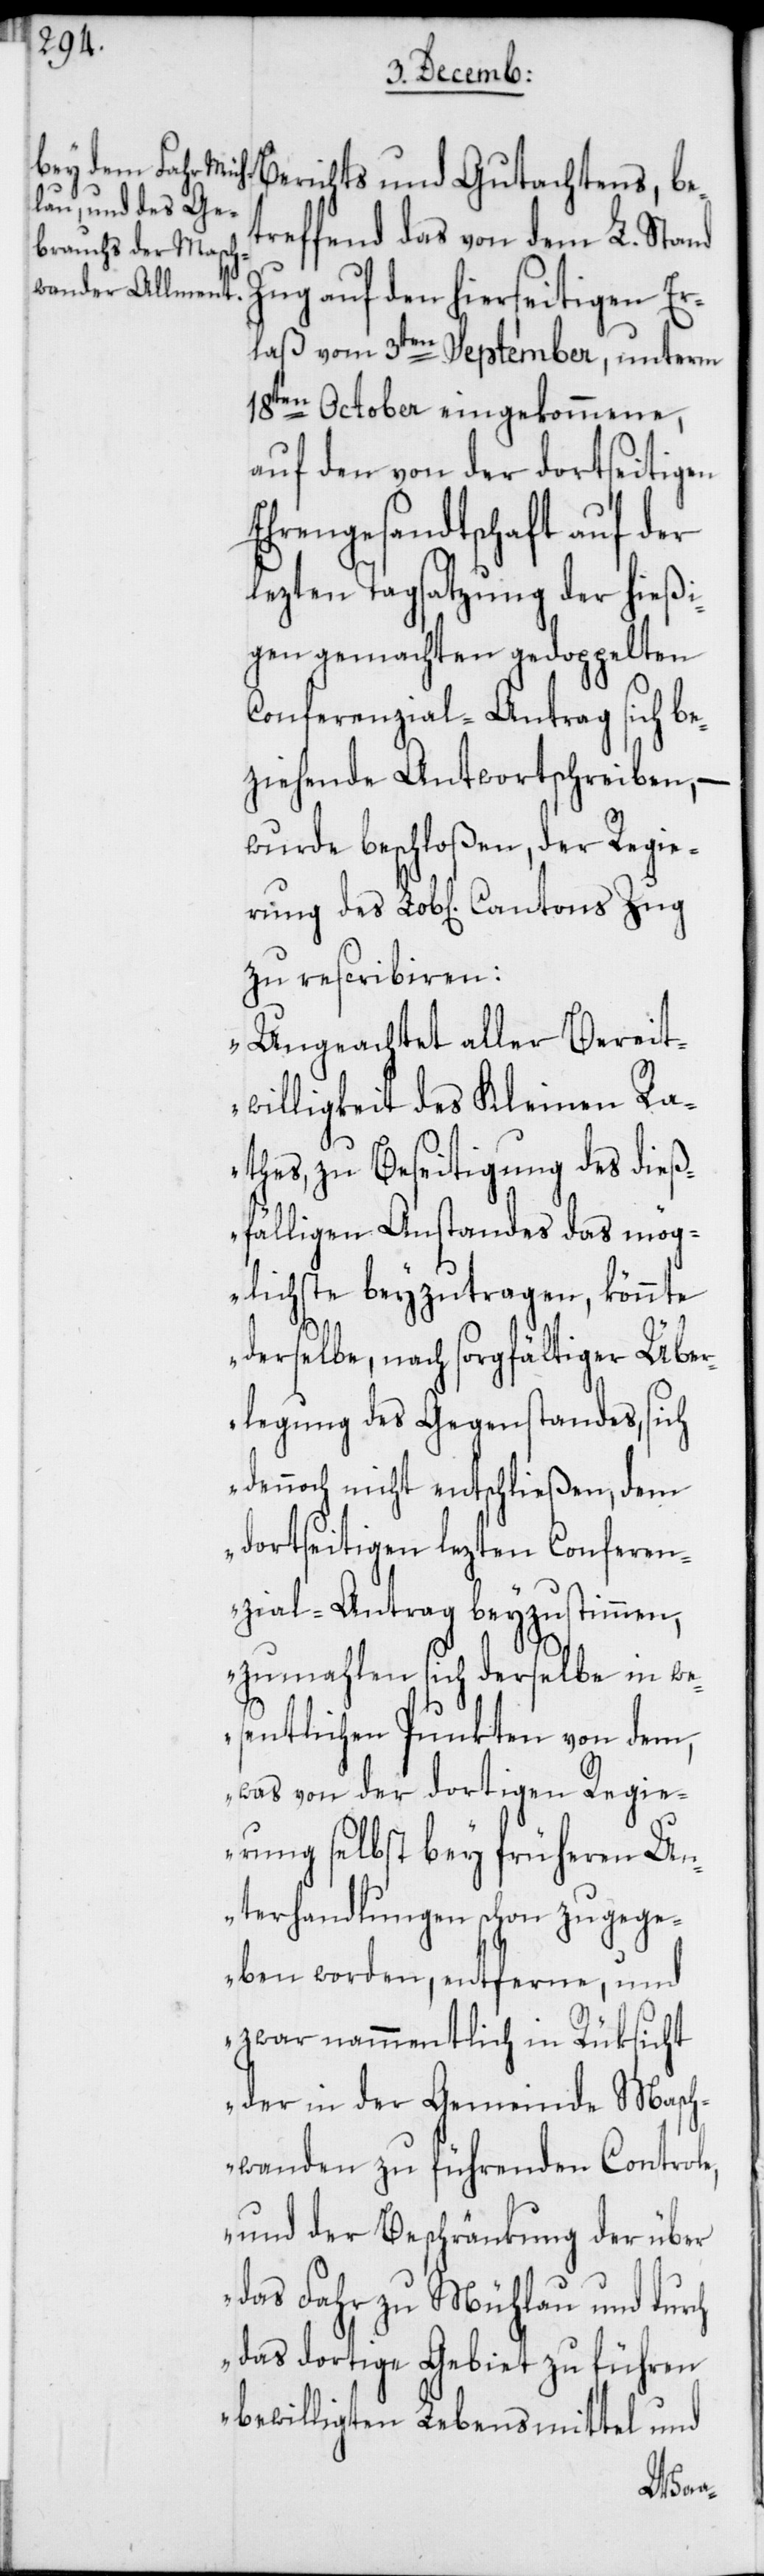
hen] Cantons

Berichts und Gutachtens, be¬
treffend das von dem L. Stand
Zug auf den hierseitigen Er¬
laß vom 3ten September, unterm
18ten October eingekommene,
auf den von der dortseitigen
Ehrengesandtschaft auf der
lezten Tagsatzung der hießi¬
gen gemachten gedoppelten
Conferenzial-Antrag sich be¬
ziehende Antwortschreiben, –
wurde beschloßen, der Regie¬
zu rescribiren:
„Ungeachtet aller Bereit¬
willigkeit des Kleinen Ra¬
thes, zu Beseitigung des dieß¬
fälligen Anstandes das mög¬
lichste beyzutragen, könnte
derselbe, nach sorgfältiger Übe¬
rlegung des Gegenstandes, sich
dennoch nicht entschließen, dem
dortseitigen lezten Conferen¬
zial-Antrag beyzustimmen,
zumahlen sich derselbe in we¬
sentlichen Punkten von dem,
was von der dortigen Regie¬
rung selbst bey früheren U¬
nterhandlungen schon zugege¬
ben worden, entferne, und
zwar nammentlich in Rüksicht
der in der Gemeinde Masch¬
wanden zu führenden Controle,
und der Beschränkung der über
das Fahr zu Mühlau und durch
das dortige Gebiet zu führen
bewilligten Lebensmittel und
ru¬